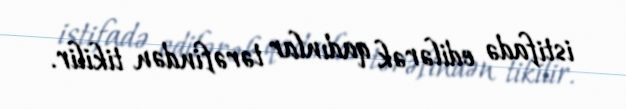
istifadə edilərək qadınlar tərəfindən tikilir.